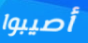
أصيبوا